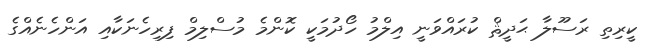
ކީރިތި ރަސޫލާ ޙަދީޘް ކުރައްވަނީ އިލްމު ހޯދުމަކީ ކޮންމެ މުސްލިމް ފިރިހެނަކާއި އަންހެނެއްގެ